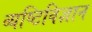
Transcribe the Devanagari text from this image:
व्यष्टिविज्ञान